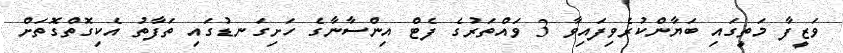
ވަޒީފާ މަތީގައި ބަޔާންކުރެވިފައިވާ 3 ވައްތަރުގެ ފެޓް އިންސާނާގެ ހަށިގަނޑުގައި ތަފާތު އެކިގޮތްގޮތަށް